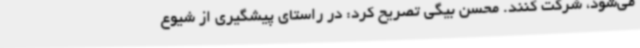
می‌شود، شرکت کنند. محسن بیگی تصریح کرد: در راستای پیشگیری از شیوع